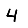
Digit: 4